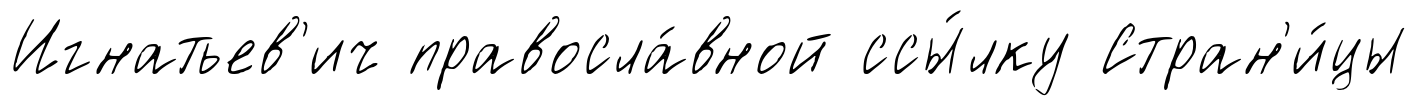
Игнатьев'ич правосла́вной ссы́лку Стран'и́цы